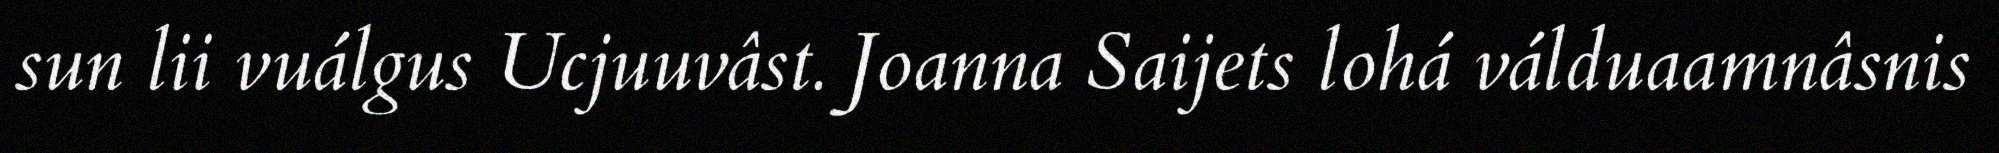
sun lii vuálgus Ucjuuvâst. Joanna Saijets lohá válduaamnâsnis